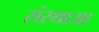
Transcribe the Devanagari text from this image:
संस्थाआ